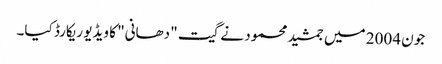
جون 2004 میں جمشید محمود نے گیت "دھانی" کا ویڈیو ریکارڈ کیا۔